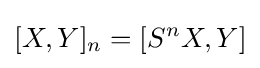
[X,Y]_{n}=[S^{n}X,Y]